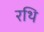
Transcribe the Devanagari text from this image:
रथि